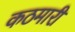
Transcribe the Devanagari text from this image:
कठमारी